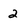
Character: 2